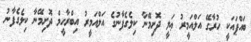
ބައްޕައަކީ ހުރާގޭ އަލްއަމީރު ޢަލީ ދޮށިމޭނާ ކިލެގެފާނުގެ އަލްއަމީރު އިބްރާހީމް ދޮށިމޭނާ ކިލެގެފާނު